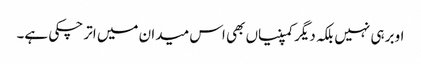
اوبر ہی نہیں بلکہ دیگر کمپنیاں بھی اس میدان میں اتر چکی ہے۔